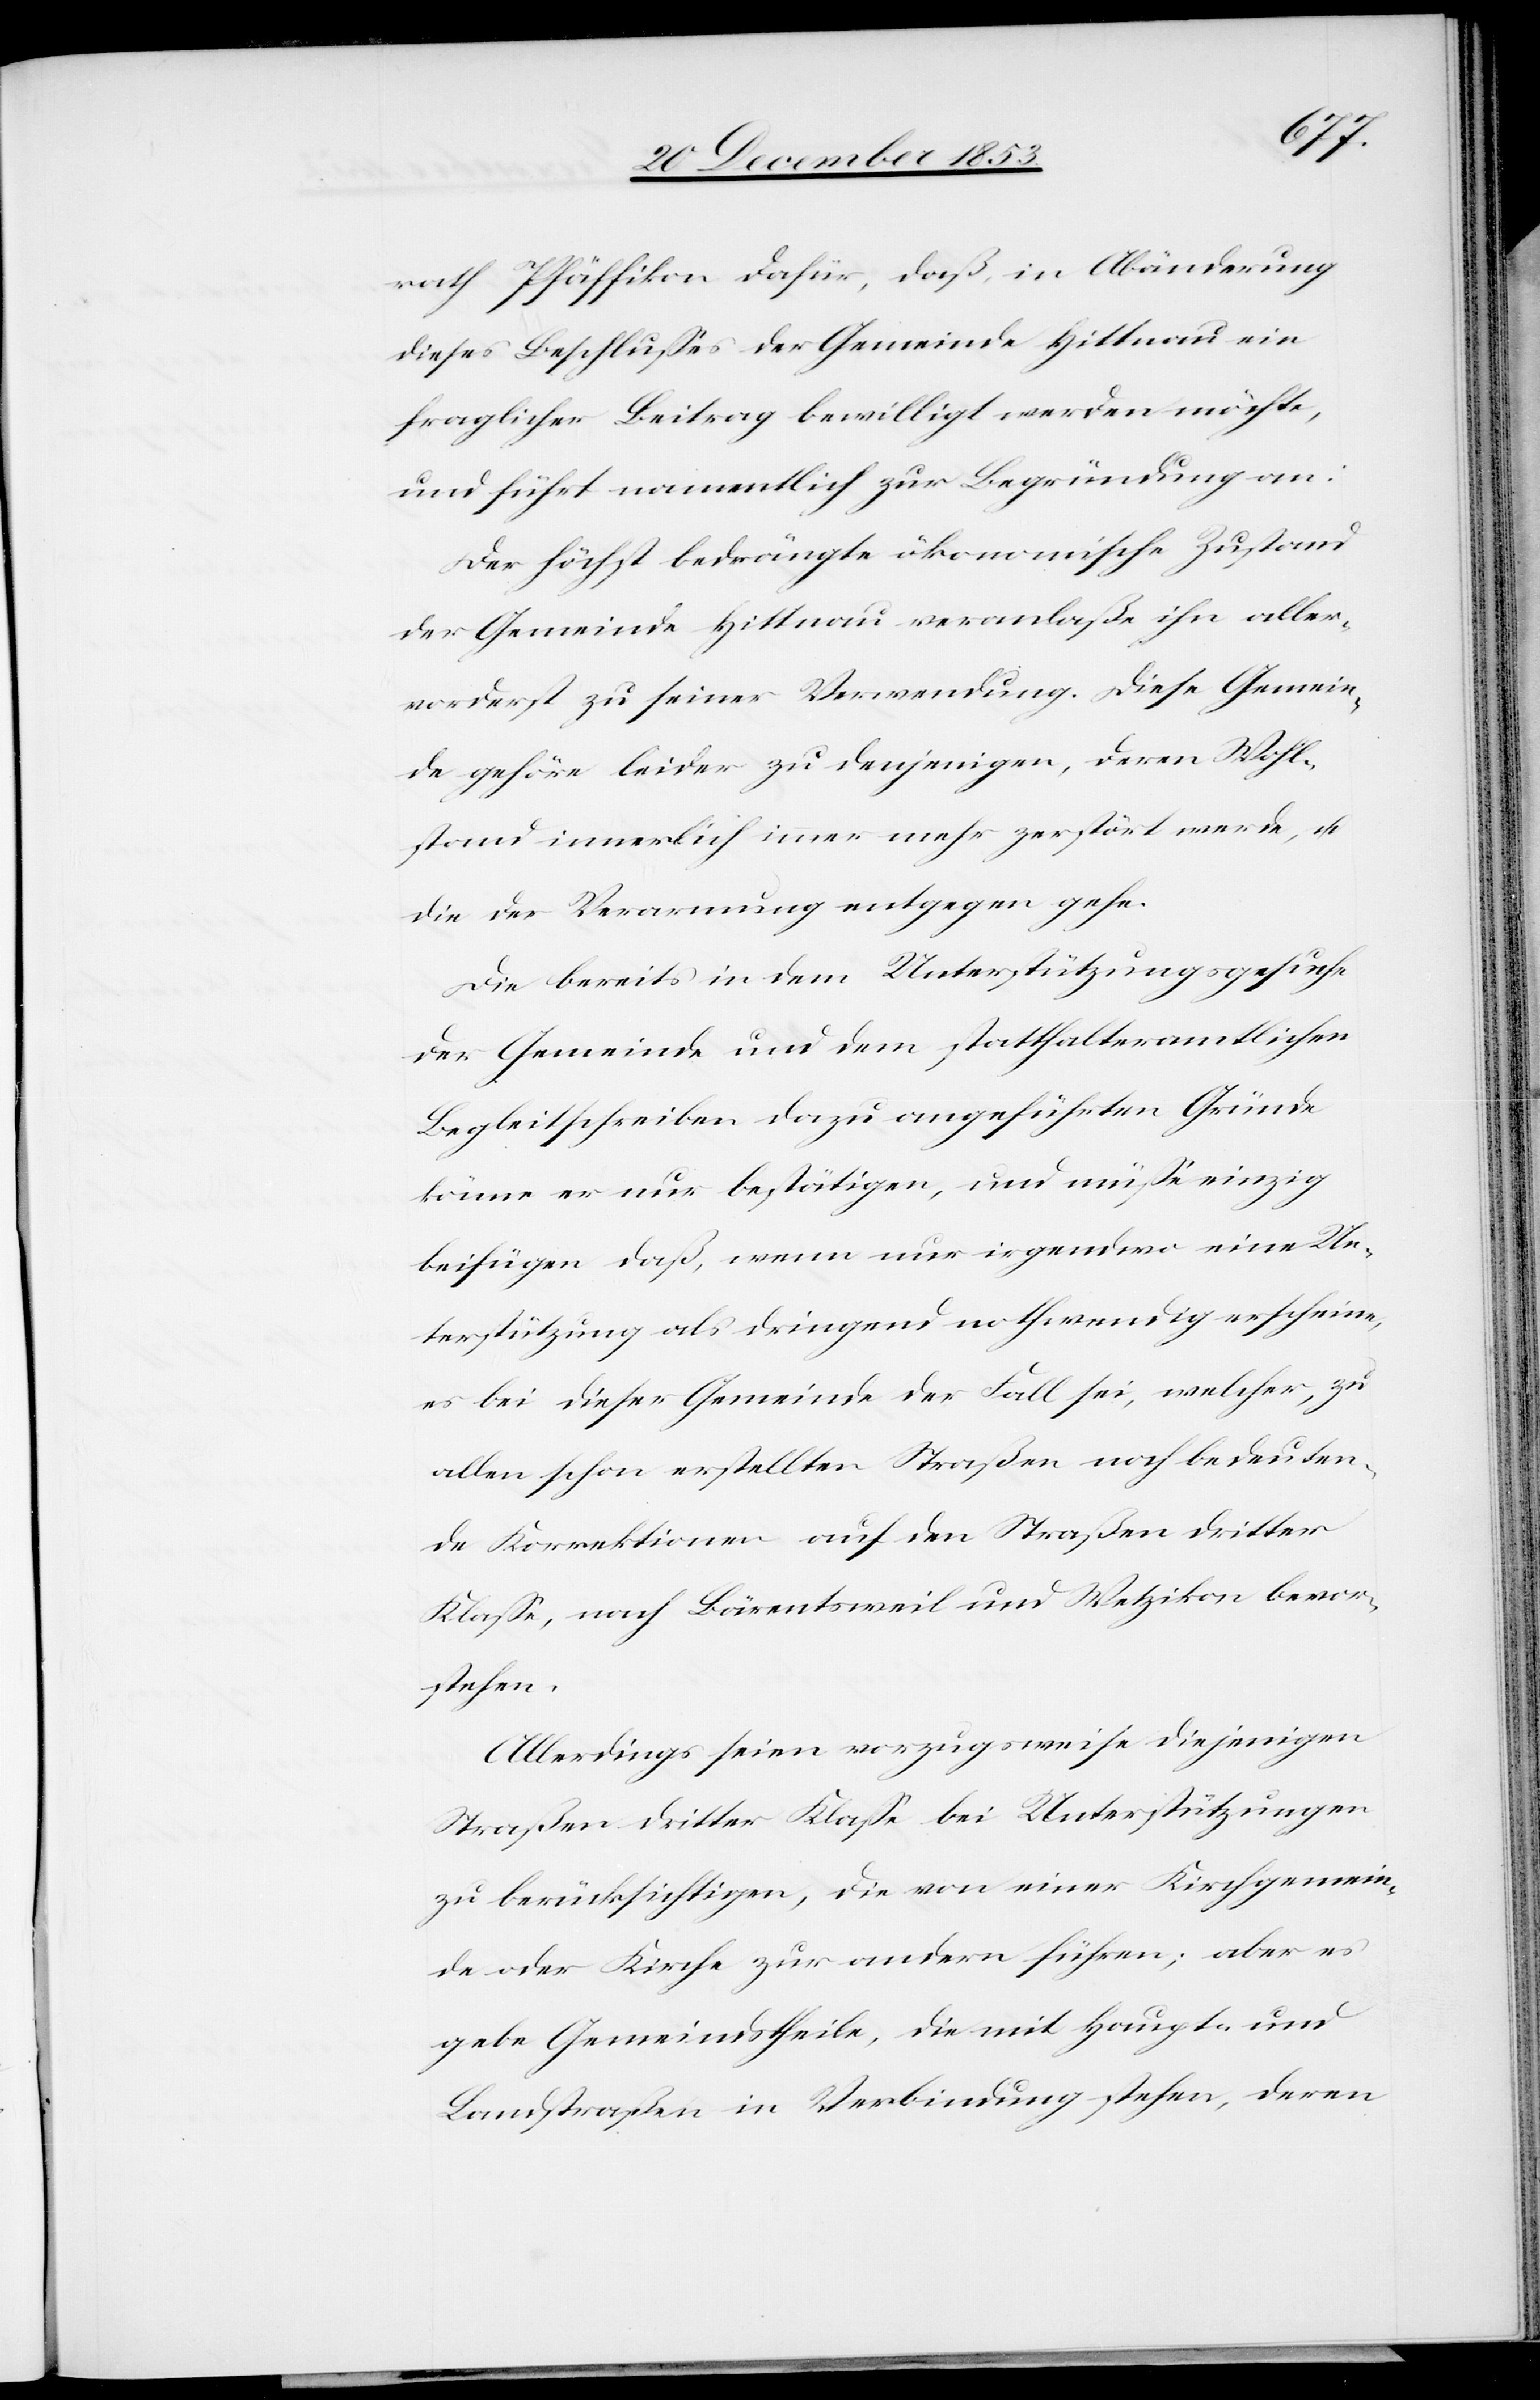
rath Pfäffikon dafür, daß, in Abänderung
dieses Beschlußes der Gemeinde Hittnau ein
fraglicher Beitrag bewilligt werden möchte,
und führt namentlich zur Begründung an:
Der höchst bedrängte ökonomische Zustand
der Gemeinde Hittnau veranlaßte ihn aller¬
vorderst zu seiner Verwendung. Diese Gemein¬
de gehöre leider zu denjenigen, deren Wohl¬
stand innerlich immer mehr zerstört werde, u.
die der Verarmung entgegen gehe.
Die bereits in dem Unterstützungsgesuche
der Gemeinde und dem statthalteramtlichen
Begleitschreiben dazu angeführten Gründe
könne er nur bestätigen, und müße einzig
beifügen daß, wenn nur irgendwo eine Un¬
terstützung als dringend nothwendig erscheine,
es bei dieser Gemeinde der Fall sei, welcher, zu
allen schon erstellten Straßen noch bedeuten¬
de Korrektionen auf den Straßen dritter
Klaße, nach Bärentsweil und Wetzikon bevor¬
stehen.
Allerdings seien vorzugsweise diejenigen
Straßen dritter Klaße bei Unterstützungen
zu berücksichtigen, die von einer Kirchgemein¬
de oder Kirche zur andern führen; aber es
gebe Gemeindstheile, die mit Haupt- und
Landstraßen in Verbindung stehen, deren